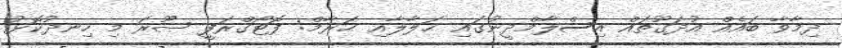
ދިމާވާ ބައެއް އުދަގޫތައް އިސްލާމްދީނުގައި ޙަލާލާއި ޙަރާމް: ފޮޓޯގްރަފީ ޞޫރަ މި ހިނދުކޮޅު